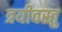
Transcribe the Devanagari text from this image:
त्रयीवस्तु